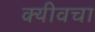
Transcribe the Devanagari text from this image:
क्यीवचा